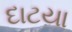
દાટયા